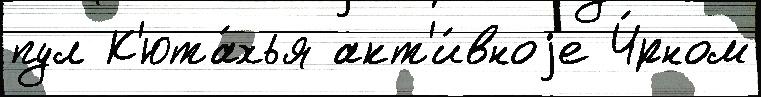
пул К'юта́хья акт'и́вноjе Ч́рном